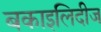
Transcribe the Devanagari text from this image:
बकाइलिदीज